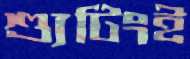
শ্যুটিংই